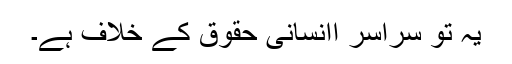
یہ تو سراسر اانسانی حقوق کے خلاف ہے۔